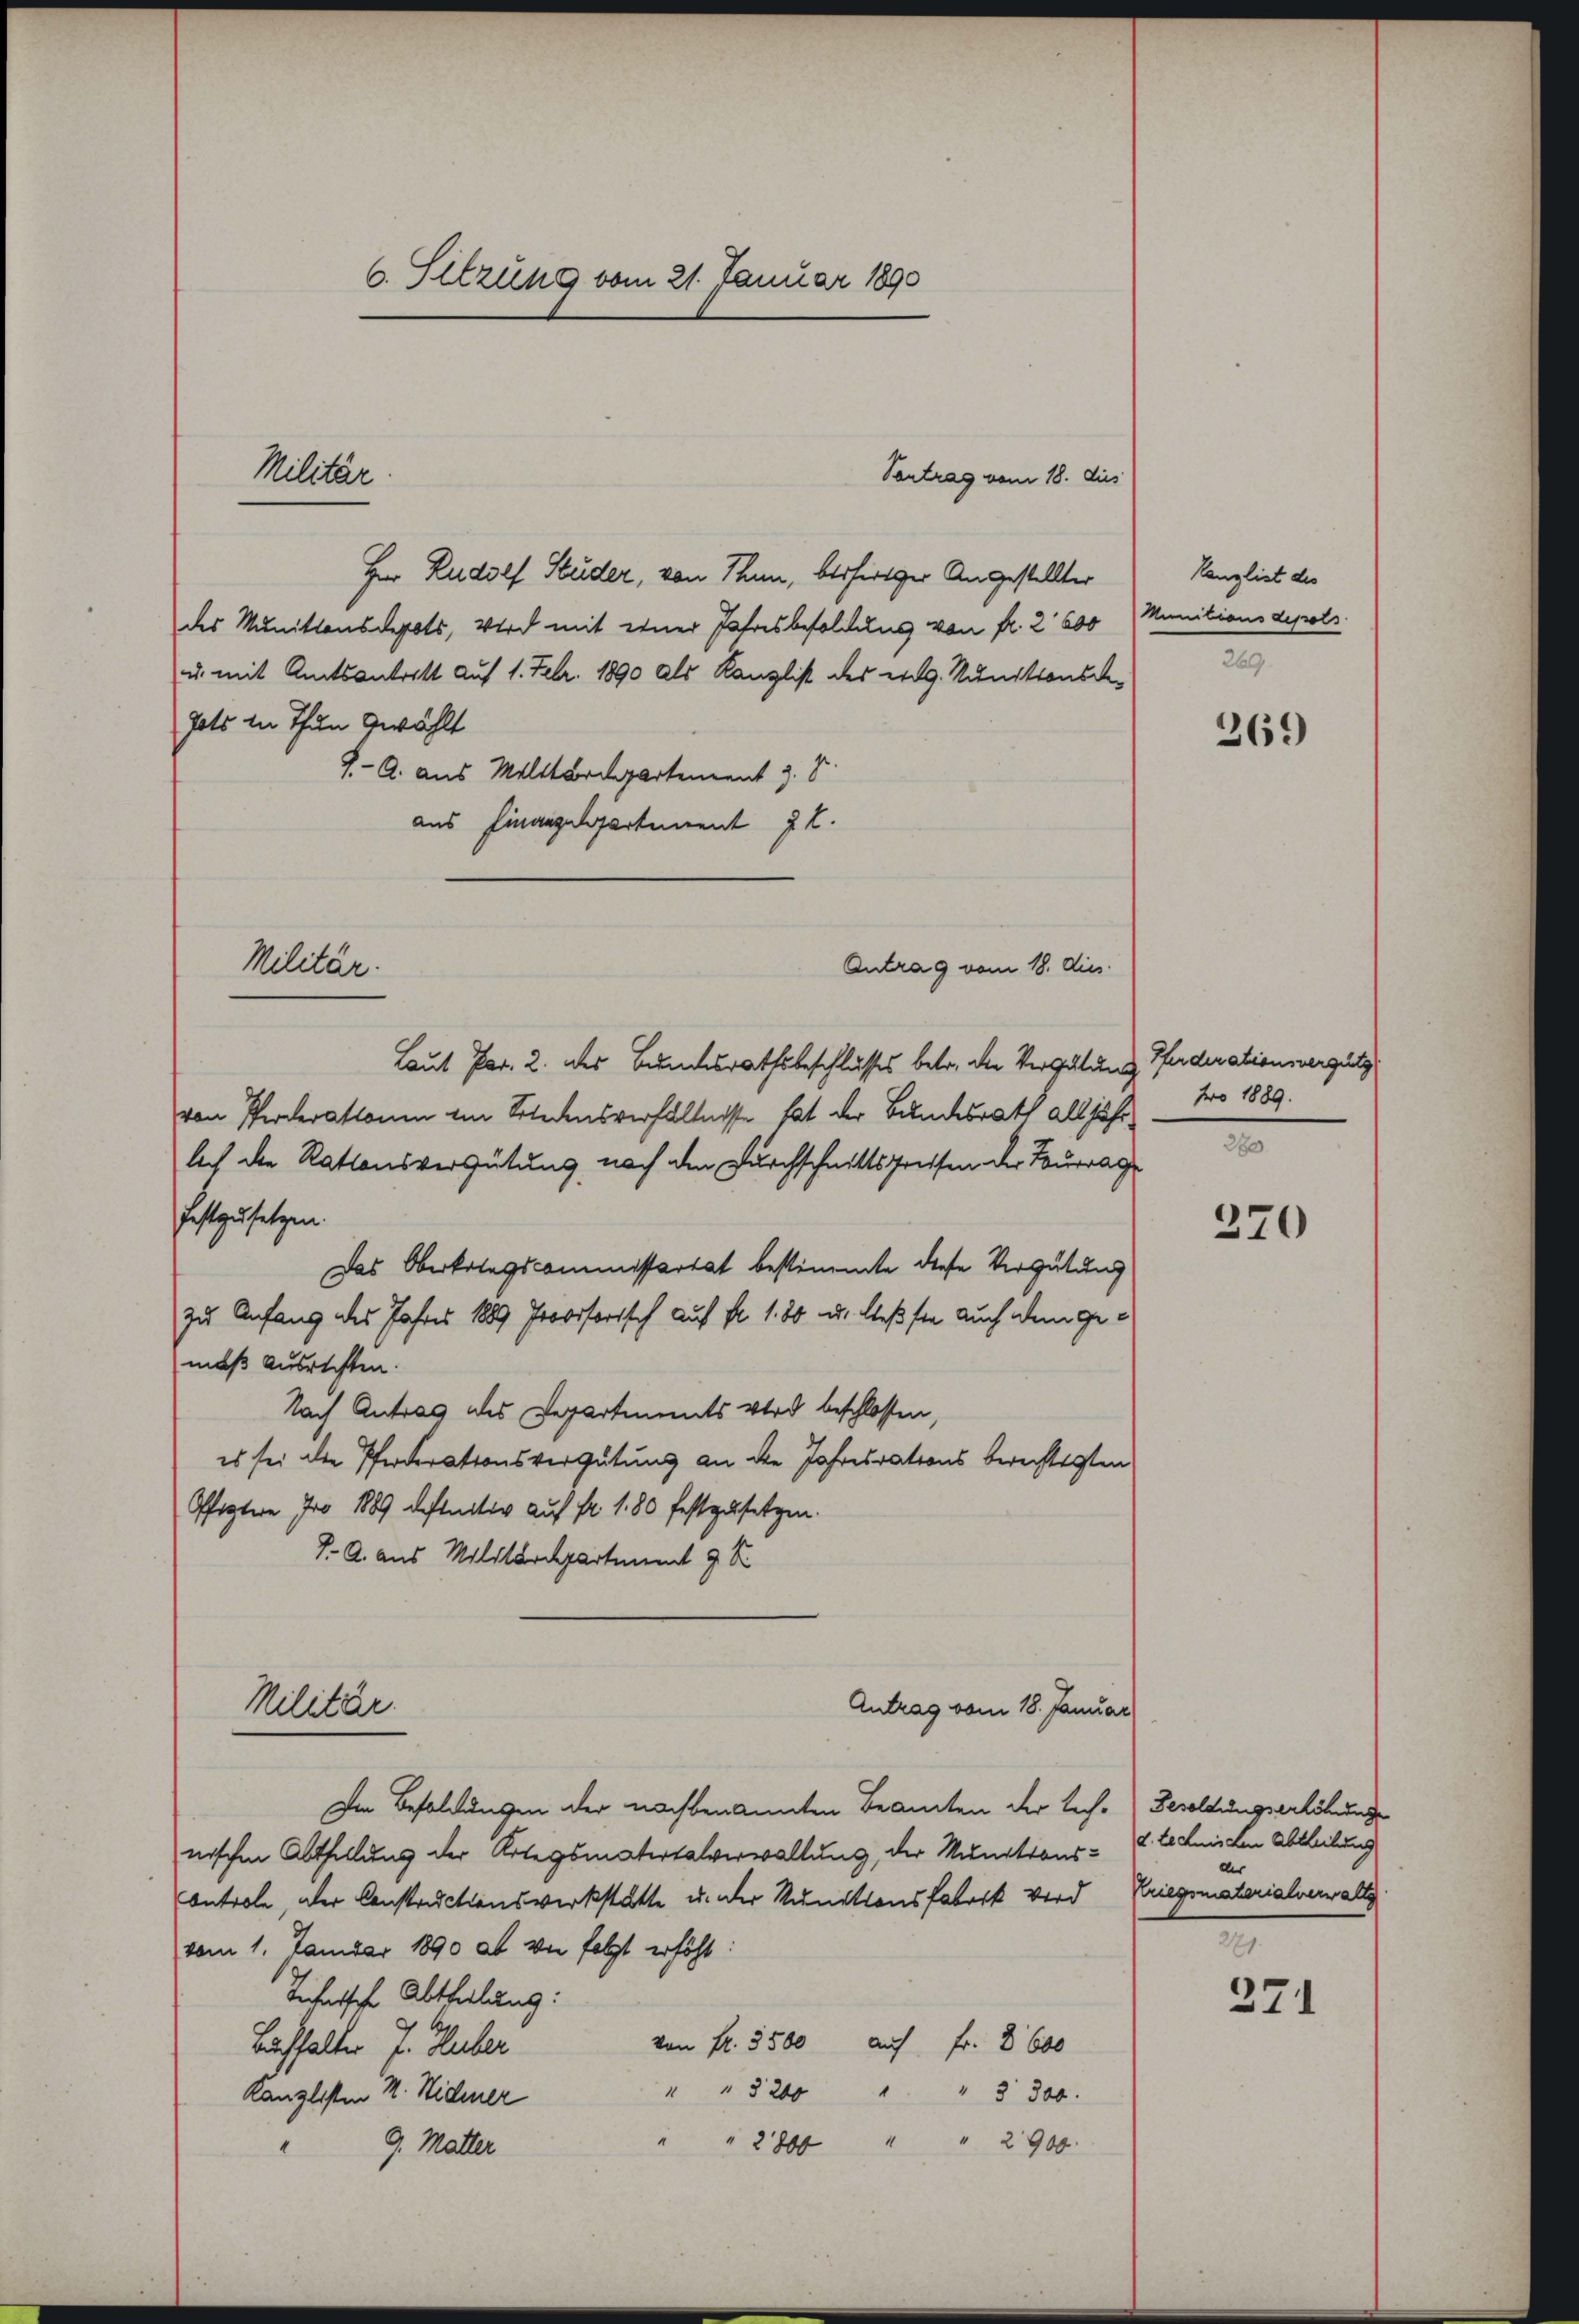
6. Setzung vom 21. Januar 1890

Herr Rudolf Studer, von Thun, bisheriger Angestellter
des Munitionsdepots, wird mit einer Jahresbesoldung von fr. 2 600
u. mit Amtsantritt auf 1. Febr. 1890 als Kanzlist des eidg. Nunitionsde¬
Jats in Thun gewählt
J. A. aus Militärdepartement z. B.
aus Finanzdepartement E.
Laut Par. 2. des Bundesrathsbeschlusses betr. die Vergütung Puderationsvergütg
von Pferderationen im Solidensverhältnisse hat der Bundesrath alljährlach die Rationsvergütung nach den Durchschnittspressen der Tourrag
festzusetzen.
Das Oberkriegscommissartet bestimmte diese Vergütung
zu Anfang des Jahres 1889 Provisorisch auf fr. 1. 80 u. liesste auch dem gemäß Ausrichten.
Nach Antrag des Departiments wird beschlossen,
es sei die Pferderationsvergütung an die Jahresrations berechtigten
Pfeztere Jro 1889 definitiv auf Fr. 180 festzusetzen.
J. A. aus Militärdepartiment 9. S
Militär.
Antrag vom 18. Januar
Im Besoldungen der nachbenannten Beamten der tech- Besoldungserhöhunge
nischen Abthellung der Kriegsmatertalverwaltung, der Munitionsontrole, der Constructionswerkstatte u. der Kunitionsfabrik wird
vom 1. Januar 1890 ab von folgt erhöht:
technische Abtheilung:
von Fr. 5500 auf Fr. 8600
Buchhalter J. Huber
" " 1200 " " 3 300.
Kanzlisten M. Widmer
" " 2800 " " 2900.
9. Matter

Militär.

Militär.

Sontrag vom 18. Aus

Antrag vom 18. Aus

Kanzlist des
Munitians dessels
269.

369

fro 1889.
280

370

d. technischen Abtheilung
der
Kriegsmaterialverwaltg

279.
371